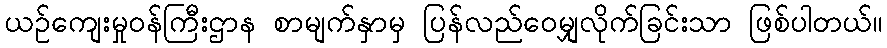
ယဉ်ကျေးမှုဝန်ကြီးဌာန စာမျက်နှာမှ ပြန်လည်ဝေမျှလိုက်ခြင်းသာ ဖြစ်ပါတယ်။